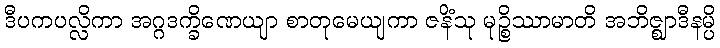
ဒီပကပလ္လိကာ အဂ္ဂဒက္ခိဏေယျာ စာတုမေယျကာ ဇနိံသု မုဉ္စိဿာမာတိ အဘိဇ္ဈာဒီနမ္ပိ